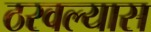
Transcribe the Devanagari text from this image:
ठरवल्यास